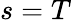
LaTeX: s=T